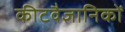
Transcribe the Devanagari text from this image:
कीटवैज्ञानिकों